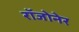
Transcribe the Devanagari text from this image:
रॉजोनेर